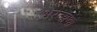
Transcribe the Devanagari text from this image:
भरव्यथा